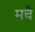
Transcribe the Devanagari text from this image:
मचै